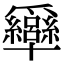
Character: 𤕍